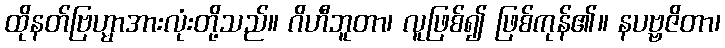
ထိုနတ်ဗြဟ္မာအားလုံးတို့သည်။ ဂိဟီဘူတာ၊ လူဖြစ်၍ ဖြစ်ကုန်၏။ နပဗ္ဗဇိတာ၊